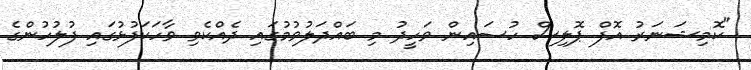
"ކޮމިޝަނަރު އޮފް ޕޮލިސް ހުސައިން ވަހީދު މި ބައްދަލުވުމުގައި ދެއްކެވި ވާހަކަފުޅުގައި ފުލުހުންގެ